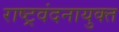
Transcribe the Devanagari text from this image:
राष्ट्रवंदनायुक्त